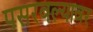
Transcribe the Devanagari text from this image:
पसरवल्यावर